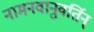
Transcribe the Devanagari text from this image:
नामनवानुवर्तिन्